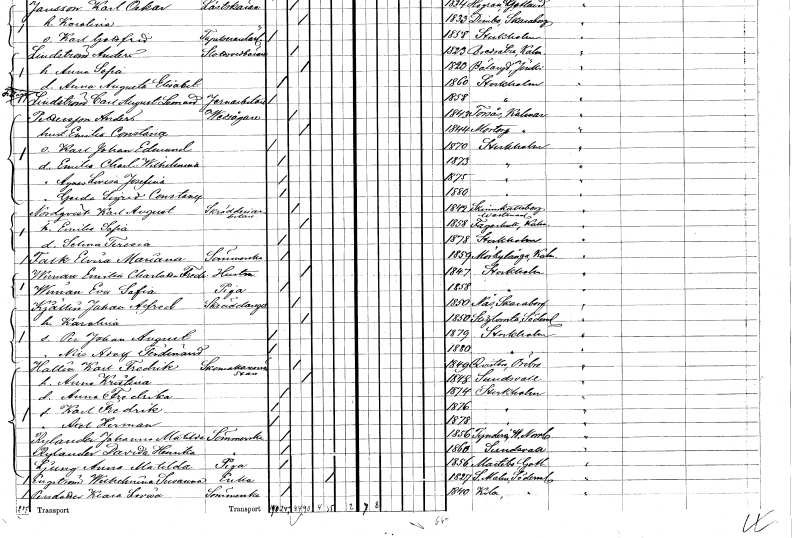
gt_parse: households: individuals: FN: Anders
EN: Pettersson
YRKE: Vedsågare
KON: M
CIV: G
FODAR: 1843
FODFORS: Torsås Kalmar län
FN: Emilia Constance
KON: K
CIV: G
FODAR: 1844
FODFORS: Mortorp Kalmar län
FN: Karl Johan Edmund
KON: M
CIV: O
FODAR: 1870
FODFORS: Stockholm
FN: Emilia Charlotta Wilhelmina
KON: K
CIV: O
FODAR: 1873
FODFORS: Stockholm
FN: Agnes Lovisa Josefina
KON: K
CIV: O
FODAR: 1875
FODFORS: Stockholm
FN: Gerda Sigrid Constance
KON: K
CIV: O
FODAR: 1880
FODFORS: Stockholm
FN: Karl August
EN: Nordqvist
YRKE: Skrädderiarbetare
KON: M
CIV: G
FODAR: 1842
FODFORS: Skinnskatteberg Västmanlands län
FN: Emilia Sofia
KON: K
CIV: G
FODAR: 1858
FODFORS: Fagerhult Kalmar län
FN: Selma Teresia
KON: K
CIV: O
FODAR: 1878
FODFORS: Stockholm
FN: Elvira Mariana
EN: Falk
YRKE: Sömmerska
KON: K
CIV: O
FODAR: 1859
FODFORS: Mörbylånga Kalmar län
FN: Emilia Charlotta Fredrika
EN: Wiman
YRKE: Hustru
KON: K
CIV: G
FODAR: 1847
FODFORS: Stockholm
FN: Eva Sofia
EN: Wiman
YRKE: Piga
KON: K
CIV: O
FODAR: 1858
FODFORS: Stockholm
FN: Johan Alfred
EN: Kjällin
YRKE: Skräddaregesäll
KON: M
CIV: G
FODAR: 1850
FODFORS: Näs Skaraborgs län
FN: Karolina
KON: K
CIV: G
FODAR: 1850
FODFORS: Stigtomta Södermanlands län
FN: Per Johan August
KON: M
CIV: O
FODAR: 1879
FODFORS: Stockholm
FN: Nils Adolf Ferdinand
KON: M
CIV: O
FODAR: 1880
FODFORS: Stockholm
FN: Karl Fredrik
EN: Hallin
YRKE: Skomakarmäster
KON: M
CIV: G
FODAR: 1849
FODFORS: Kvistbro Örebro län
FN: Anna Kristina
KON: K
CIV: G
FODAR: 1848
FODFORS: Sundsvall Västernorrlands län
FN: Anna Fredrika
KON: K
CIV: O
FODAR: 1874
FODFORS: Stockholm
FN: Karl Fredrik
KON: M
CIV: O
FODAR: 1876
FODFORS: Stockholm
FN: Axel Herman
KON: M
CIV: O
FODAR: 1878
FODFORS: Stockholm
FN: Johanna Matilda
EN: Rylander
YRKE: Sömmerska
KON: K
CIV: O
FODAR: 1856
FODFORS: Tynderö Västernorrlands län
FN: Davida Henrika
EN: Rylander
YRKE: Sömmerska
KON: K
CIV: O
FODAR: 1860
FODFORS: Sundsvall Västernorrlands län
FN: Anna Matilda
EN: Ljung
YRKE: Piga
KON: K
CIV: O
FODAR: 1856
FODFORS: Martebo Gotlands län
FN: Wilhelmina Susanna
EN: Engström
YRKE: Änka
KON: K
CIV: E
FODAR: 1827
FODFORS: Stora Malm Södermanlands län
FN: Klara Lovisa
EN: Persdotter
YRKE: Sömmerska
KON: K
CIV: O
FODAR: 1840
FODFORS: Kila Södermanlands län